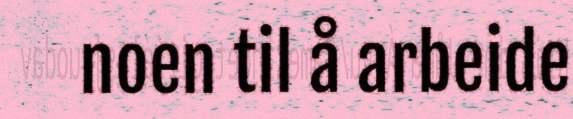
noen til å arbeide